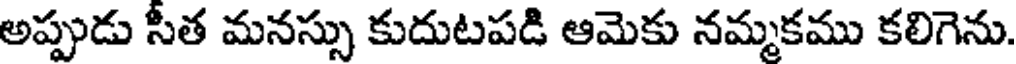
అప్పుడు సీత మనస్సు కుదుటపడి ఆమెకు నమ్మకము కలిగెను.